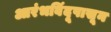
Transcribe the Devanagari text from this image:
आरंभबिंदूपासून